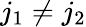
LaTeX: j_{1}\ne j_{2}